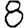
Digit: 8